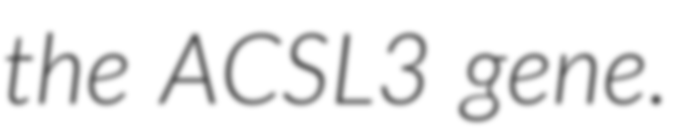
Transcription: the ACSL3 gene.